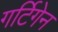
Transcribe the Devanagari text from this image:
गर्टिगेन